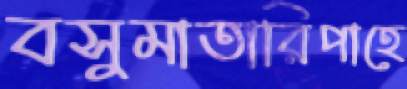
বসুমাতারিপাহে